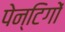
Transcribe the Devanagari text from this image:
पेन्टिगों